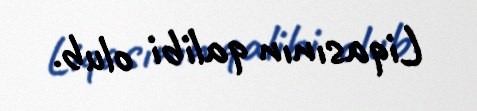
Liqasının qalibi olub.